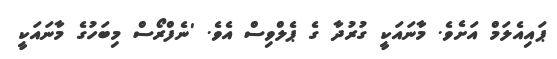
ޕައިއެލަމް އަށެވެ. މާނައަކީ ގުރުދާ ގެ ޕެލްވިސް އެވެ. 'ނެފްރޯސް މިބަހުގެ މާނައަކީ